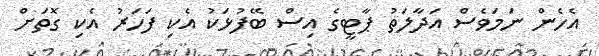
އެހެން ނަމަވެސް އަދާލަތު ޕާޓީގެ އިސް ބޭފުޅަކު އެކި ފަހަރު އެކި ގޮތަށް